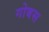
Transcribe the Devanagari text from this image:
गोबस